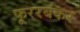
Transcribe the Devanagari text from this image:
फूररबंकर